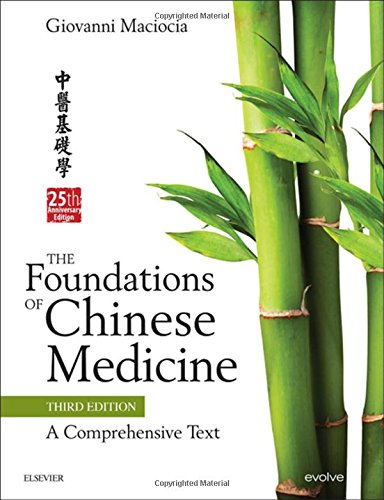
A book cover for The Foundations of Chinese Medicine: A Comprehensive Text, 3e; Giovanni Maciocia CAc(Nanjing); Medical Books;